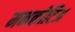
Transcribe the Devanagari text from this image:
मनकोटिअ